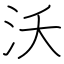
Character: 沃